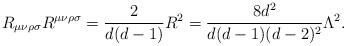
\begin{align*}R_{\mu\nu\rho\sigma}R^{\mu\nu\rho\sigma}=\frac{2}{d(d-1)}R^{2}=\frac{8d^2}{d(d-1)(d-2)^2}\Lambda^2.\end{align*}